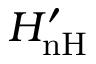
H _ { \mathrm { { n H } } } ^ { \prime }